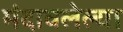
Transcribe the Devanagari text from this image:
मंदावलेल्या